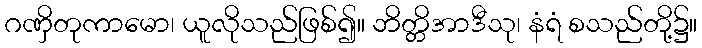
ဂဏှိတုကာမော၊ ယူလိုသည်ဖြစ်၍။ ဘိတ္တိအာဒီသု၊ နံရံ စသည်တို့၌။